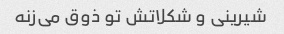
شیرینی و شکلاتش تو ذوق می‌زنه